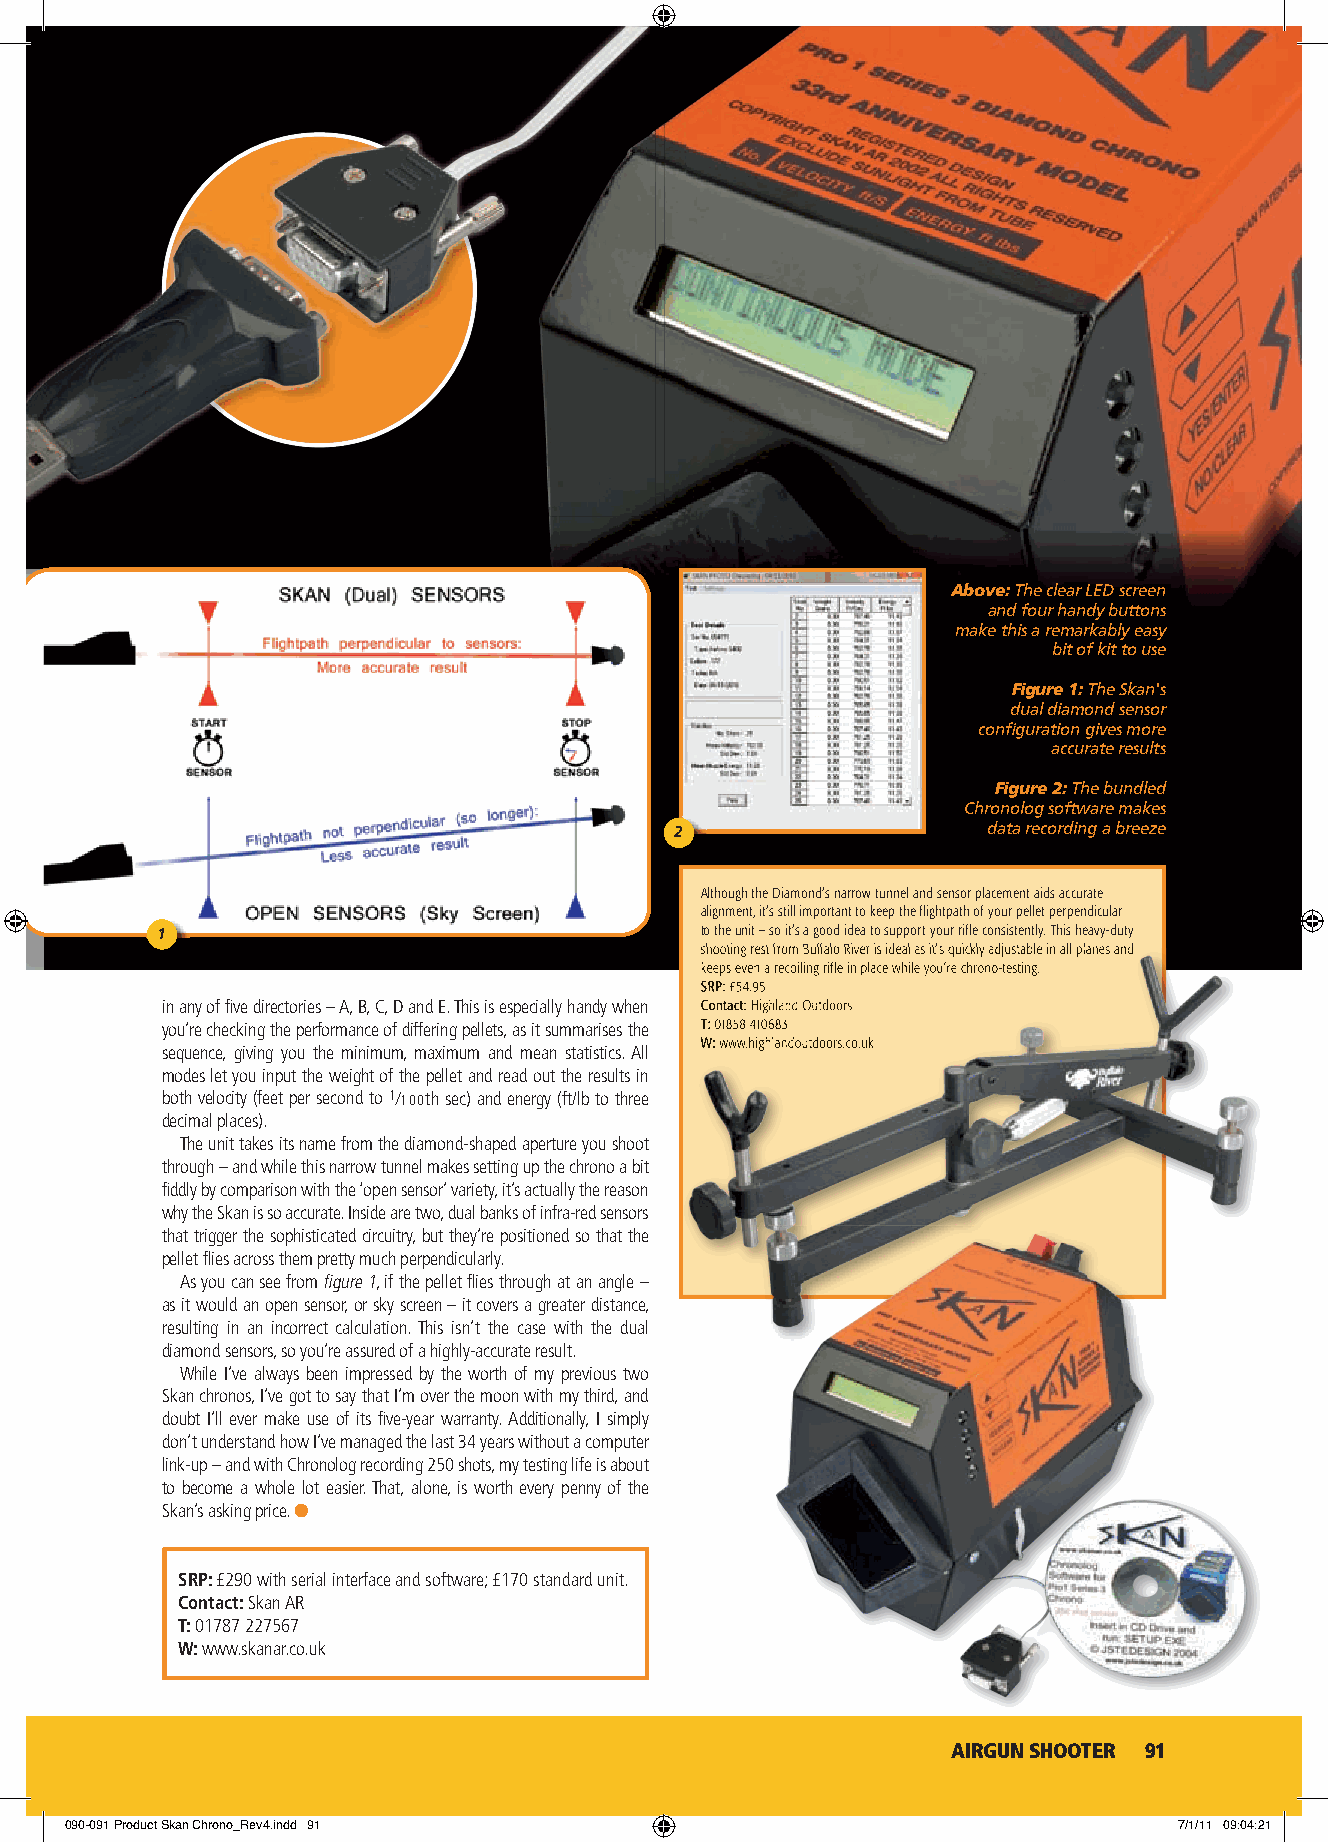
DATA-ING!
 Above: The clear LED screen
 and four handy buttons
 make this a remarkably easy
 bit of kit to use
 Figure 1: The Skan's
 dual diamond sensor
 confi guration gives more
 accurate results
 Figure 2: The bundled
 Chronolog software makes
 2                   data recording a breeze
 Although the Diamond’s narrow tunnel and sensor placement aids accurate
 alignment, it’s still important to keep the flightpath of your pellet perpendicular
 1                                   to the unit – so it’s a good idea to support your rifle consistently. This heavy-duty
 sshhoooottiinngg rreesstt ffrroomm BBuuffffaalloo RRiivveerr iiss iiddeeaall aass iitt’’ss qquuiicckkllyy aaddjjuussttaabbllee iinn aallll ppllaanneess aanndd
 kkeeeeppss eevveenn aa rreeccooiilliinngg rriiffllee iinn ppllaaccee wwhhiillee yyoouu’’rree cchhrroonnoo--tteessttiinngg..
 SSRRPP:: ££5544..9955
 in any of fi ve directories – A, B, C, D and E. This is especially handy when CCoonnttaacctt:: HHiigghhllaanndd OOuuttddoooorrss
 you’re checking the performance of differing pellets, as it summarises the TT:: 0011885588 441100668833
 WW:: wwwwww..hhiigghhllaannddoouuttddoooorrss..ccoo..uukk
 sequence, giving you the minimum, maximum and mean statistics. All
 modes let you input the weight of the pellet and read out the results in
 both velocity (feet per second to 1/100th sec) and energy (ft/lb to three
 decimal places).
 The unit takes its name from the diamond-shaped aperture you shoot
 through – and while this narrow tunnel makes setting up the chrono a bit
 fi ddly by comparison with the ‘open sensor’ variety, it’s actually the reason
 why the Skan is so accurate. Inside are two, dual banks of infra-red sensors
 that trigger the sophisticated circuitry, but they’re positioned so that the
 pellet fl ies across them pretty much perpendicularly.
 As you can see from fi gure 1, if the pellet fl ies through at an angle –
 as it would an open sensor, or sky screen – it covers a greater distance,
 resulting in an incorrect calculation. This isn’t the case with the dual
 diamond sensors, so you’re assured of a highly-accurate result.
 While I’ve always been impressed by the worth of my previous two
 Skan chronos, I’ve got to say that I’m over the moon with my third, and
 doubt I’ll ever make use of its fi ve-year warranty. Additionally, I simply
 don’t understand how I’ve managed the last 34 years without a computer
 link-up – and with Chronolog recording 250 shots, my testing life is about
 to become a whole lot easier. That, alone, is worth every penny of the
 Skan’s asking price. ●
 SRP: £290 with serial interface and software; £170 standard unit.
 Contact: Skan AR
 T: 01787 227567
 W: www.skanar.co.uk
 AIRGUN SHOOTER 91
 090-091 Product Skan Chrono_Rev4.indd 91                                  7/1/11 09:04:21